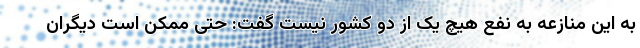
به این منازعه به نفع هیچ یک از دو کشور نیست گفت: حتی ممکن است دیگران